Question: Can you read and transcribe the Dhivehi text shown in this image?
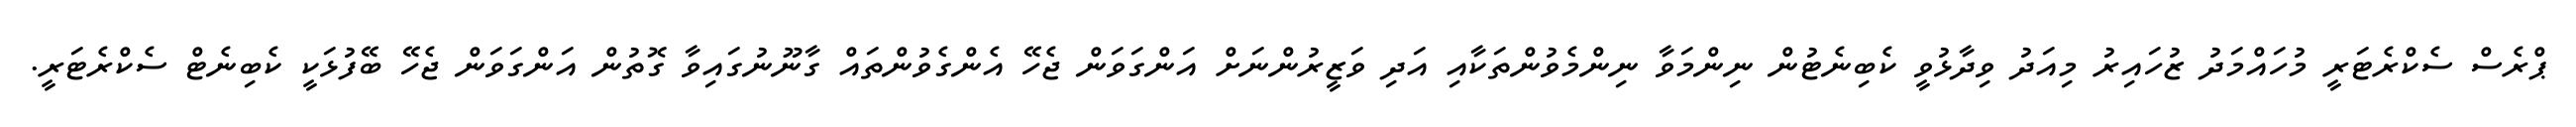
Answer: ޕްރެސް ސެކްރެޓަރީ މުހައްމަދު ޒުހައިރު މިއަދު ވިދާޅުވީ ކެބިނެޓުން ނިންމަވާ ނިންމެވުންތަކާއި އަދި ވަޒީރުންނަށް އަންގަވަން ޖެހޭ އެންގެވުންތައް ގާނޫނުގައިވާ ގޮތުން އަންގަވަން ޖެހޭ ބޭފުޅަކީ ކެބިނެޓް ސެކްރެޓަރީ.